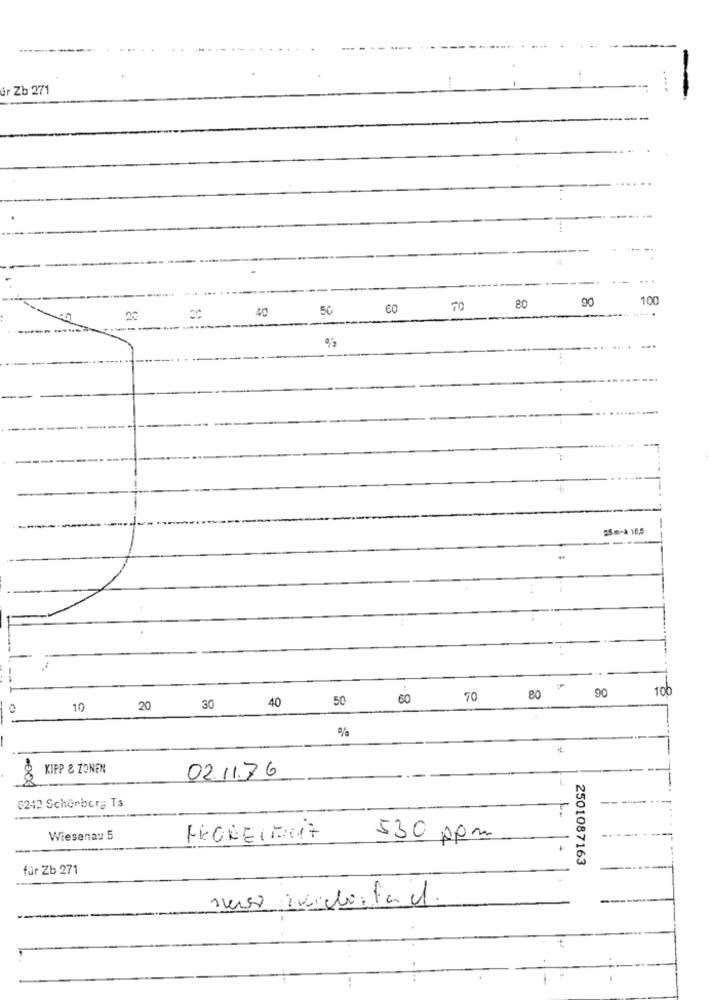
ir Zb 271
-...
90
100
40
50
60
TO
80
20
30
%
25m-& 10,5
80
90
100
40
50
60
TO
10
20
30
%
KIPP & ZONEN
8
02.11.76
-
6242 Schörberg Ts
-
Wiesenau 5
530 ppm
---
2501087163
für Zb 271
ness indicta d.
42